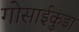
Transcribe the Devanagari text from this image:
गोसाईकुंडा